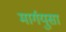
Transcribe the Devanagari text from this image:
मार्गयुसा